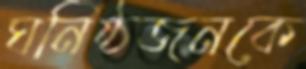
ঘনিষ্ঠজনকে